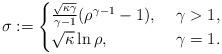
LaTeX: \begin{align*} \sigma :=\begin{cases} \frac{\sqrt{\kappa\gamma}}{\gamma-1}(\rho^{\gamma-1}-1),\ &\gamma> 1,\\ \sqrt{\kappa} \ln \rho ,\ &\gamma=1.\end{cases}\end{align*}